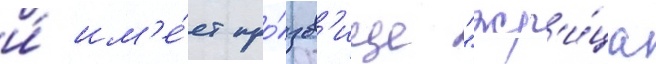
и́ им'е́ет про́зв'ище "жр'и́ца